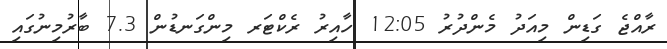
ރާއްޖެ ގަޑިން މިއަދު މެންދުރު 12:05 ހާއިރު ރެކްޓަރ މިންގަނޑުން 7.3 ބާރުމިނުގައި